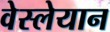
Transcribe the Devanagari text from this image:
वेस्लेयान